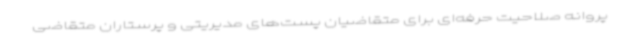
پروانه صلاحیت حرفه‌ای برای متقاضیان پست‌های مدیریتی و پرستاران متقاضی